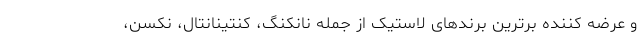
و عرضه کننده برترین برندهای لاستیک از جمله نانکنگ، کنتینانتال، نکسن،